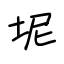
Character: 坭